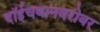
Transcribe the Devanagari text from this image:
दॉईचबानबरोबर